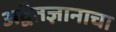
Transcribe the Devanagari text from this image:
अद्वैतज्ञानाचा